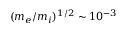
( m _ { e } / m _ { i } ) ^ { 1 / 2 } \sim 1 0 ^ { - 3 }